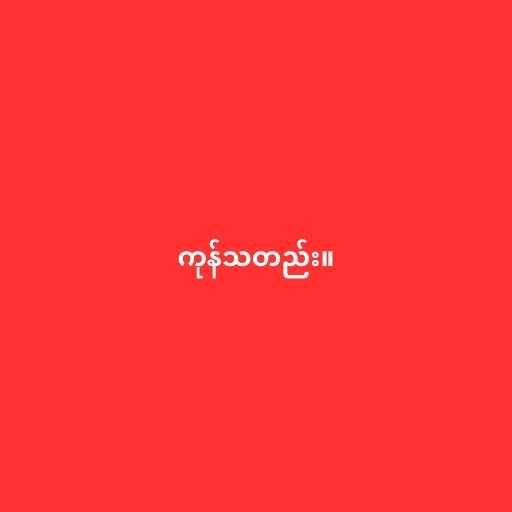
ကုန်သတည်း။